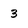
Character: 3